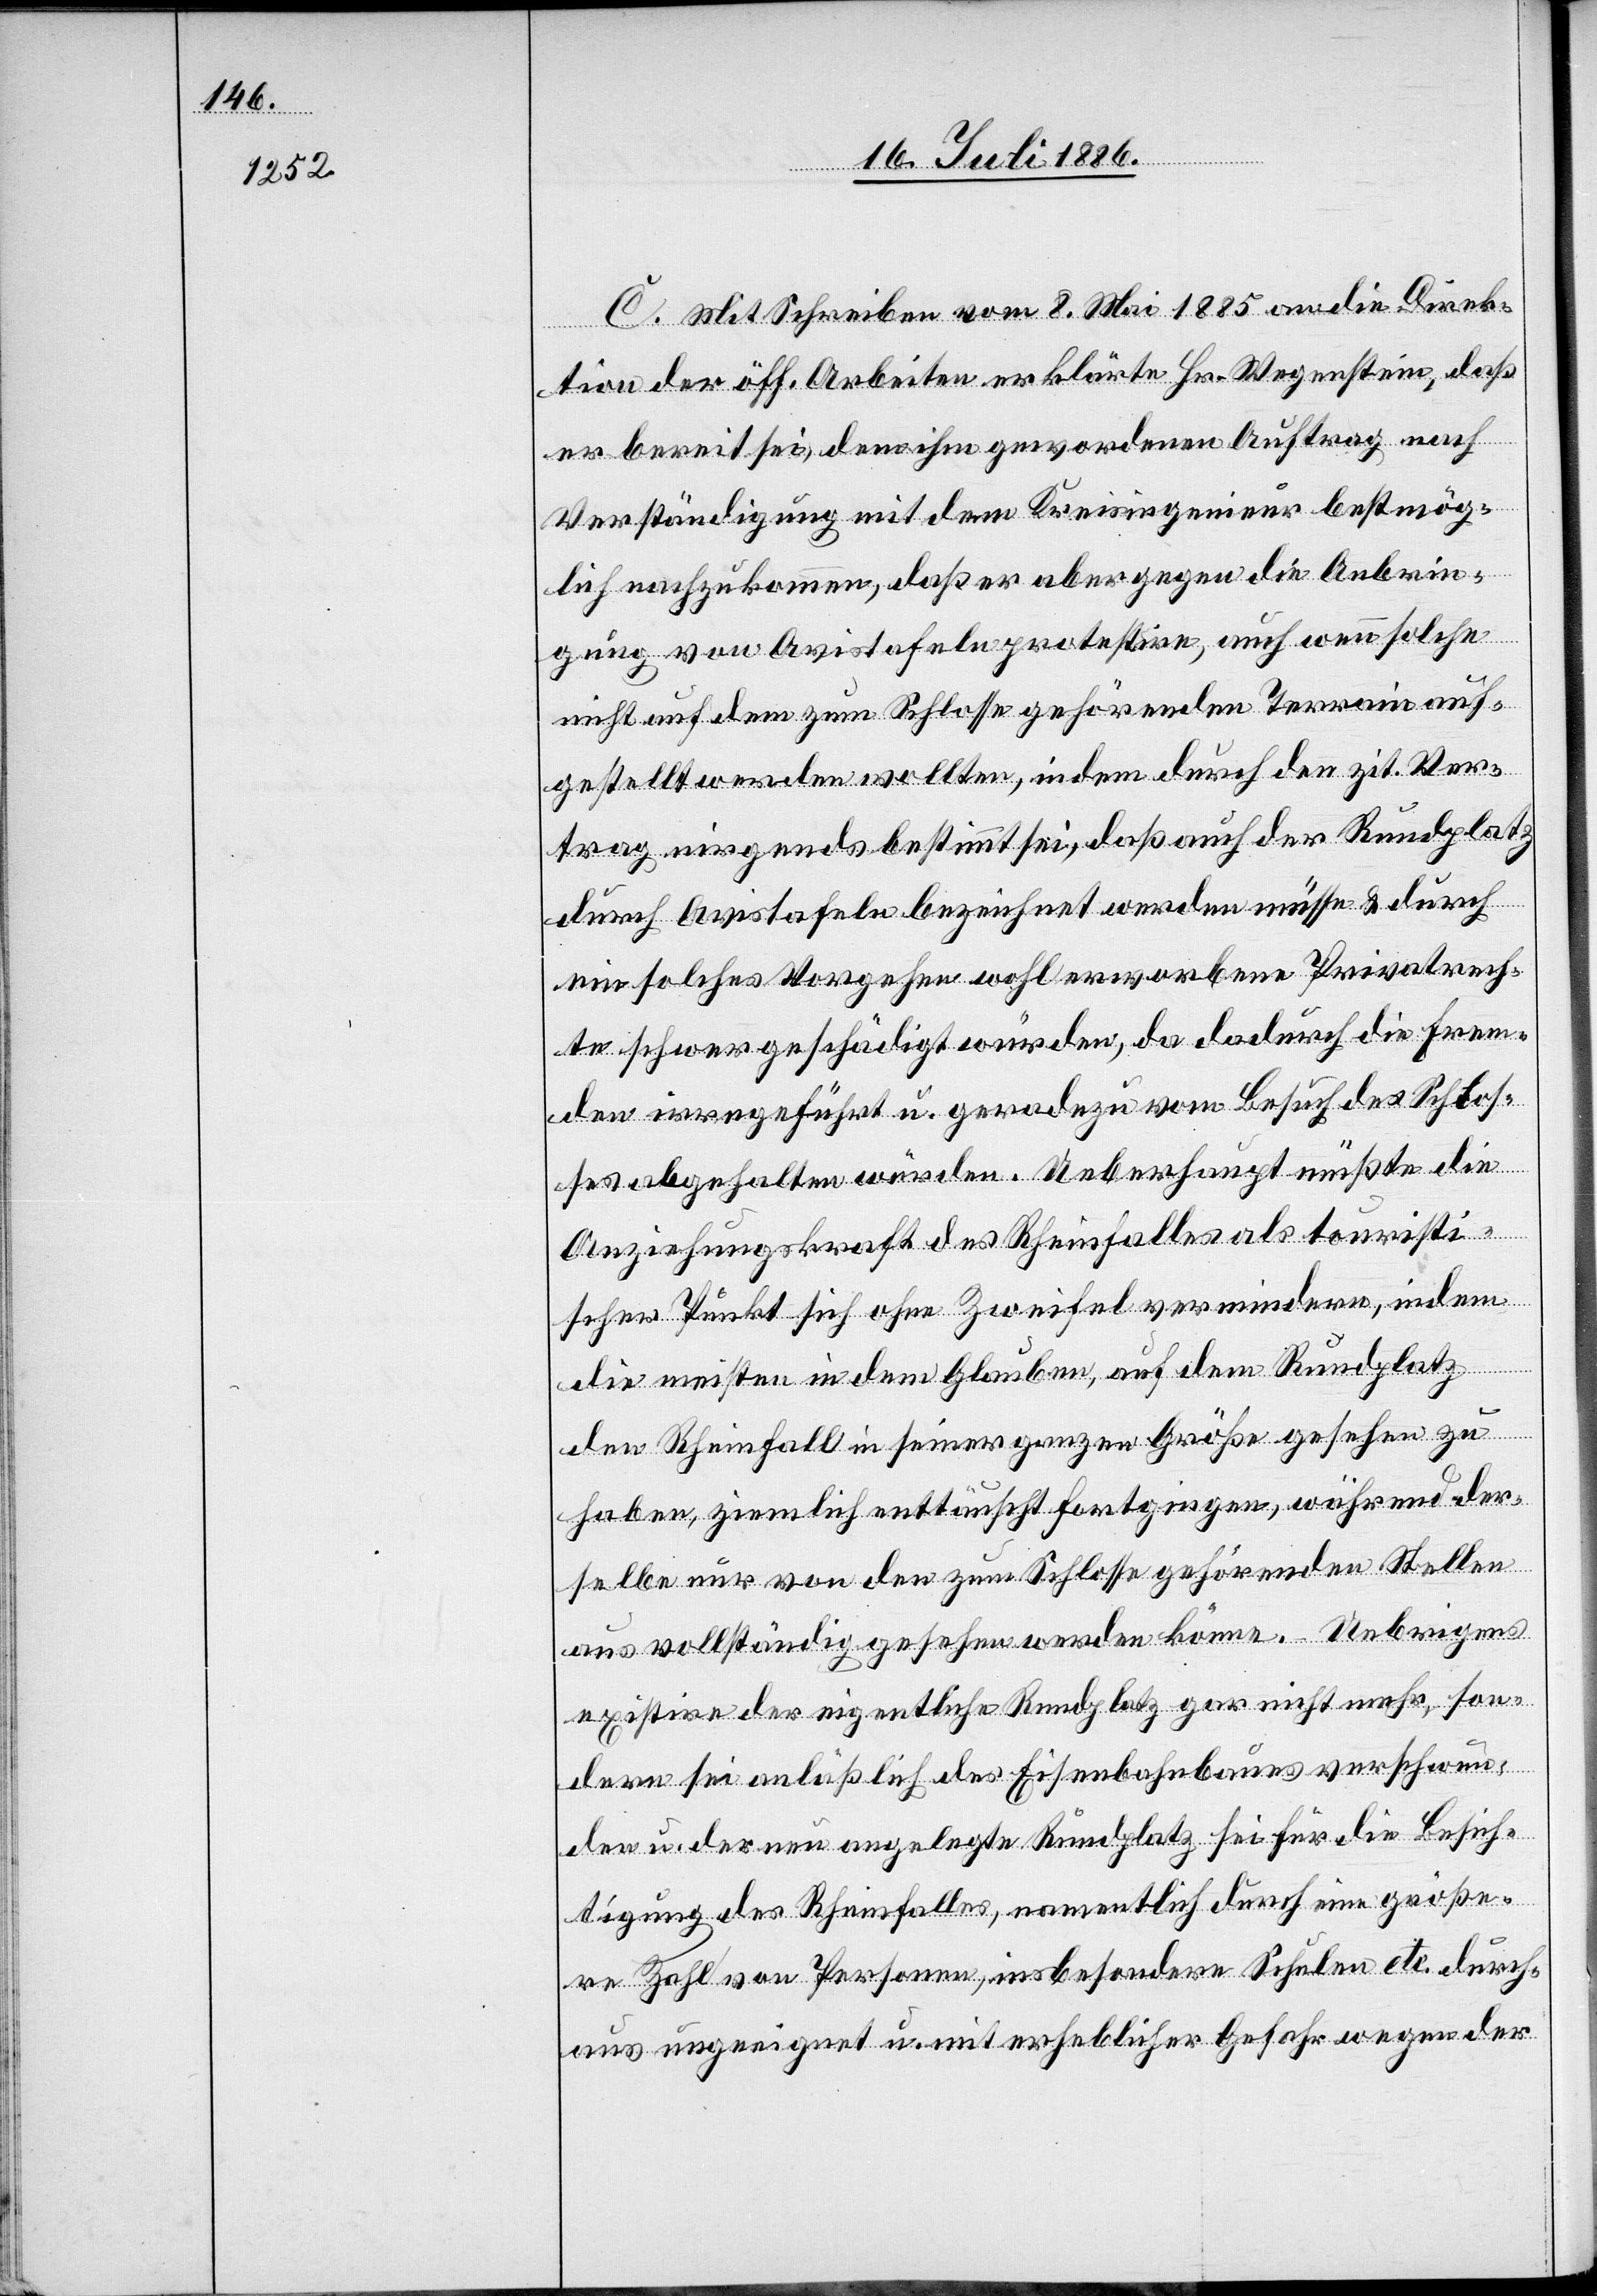
C. Mit Schreiben vom 8. Mai 1885 an die Direk¬
tion der öff. Arbeiten erklärte Hr. Wegenstein, daß
er bereit sei, dem ihm gewordenen Auftrag nach
Verständigung mit dem Kreisingenieur bestmög¬
lich nachzukommen, daß er aber gegen die Anbrin¬
gung von Avistafeln protestire, auch wenn solche
nicht auf dem zum Schlosse gehörenden Terrain auf¬
gestellt werden wollten, indem durch den zit. Ver¬
trag nirgends bestimmt sei, daß auch der Rundplatz
durch Avistafeln bezeichnet werden müsse & durch
ein solches Vorgehen wohl erworbene Privatrech¬
te schwer geschädigt würden, da dadurch die Frem¬
den irregeführt u. geradezu vom Besuch des Schlos¬
ses abgehalten würden. Ueberhaupt müßte die
Anziehungskraft des Rheinfalles als touristi¬
scher Punkt sich ohne Zweifel vermindern, indem
die meisten in dem Glauben, auf dem Rundplatz
den Rheinfall in seiner ganzen Größe gesehen zu
haben, ziemlich enttäuscht fortgingen, während der¬
selbe nur von den zum Schlosse gehörenden Stellen
aus vollständig gesehen werden könne. Uebrigens
existire der eigentliche Rundplatz gar nicht mehr, son¬
dern sei anläßlich des Eisenbahnbaues verschwun¬
den u. der neu angelegte Rundplatz sei für die Besich¬
tigung des Rheinfalles, namentlich durch eine größe¬
re Zahl von Personen, insbesondere Schulen etc. durch¬
aus ungeeignet u. mit erheblicher Gefahr wegen der